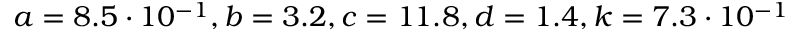
a = 8 . 5 \cdot 1 0 ^ { - 1 } , b = 3 . 2 , c = 1 1 . 8 , d = 1 . 4 , k = 7 . 3 \cdot 1 0 ^ { - 1 }